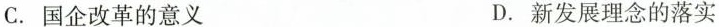
C.国企改革的意义 D.新发展理念的落实